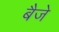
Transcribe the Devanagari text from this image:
बैजे